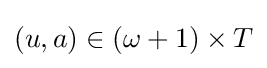
(u,a)\in (\omega +1)\times T